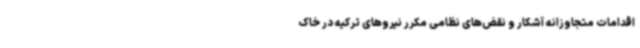
اقدامات متجاوزانه آشکار و نقض‌های نظامی مکرر نیروهای ترکیه در خاک